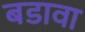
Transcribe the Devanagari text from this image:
बडावा